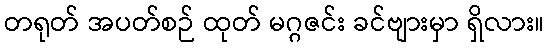
တရုတ် အပတ်စဉ် ထုတ် မဂ္ဂဇင်း ခင်ဗျားမှာ ရှိလား။